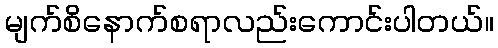
မျက်စိနောက်စရာလည်းကောင်းပါတယ်။